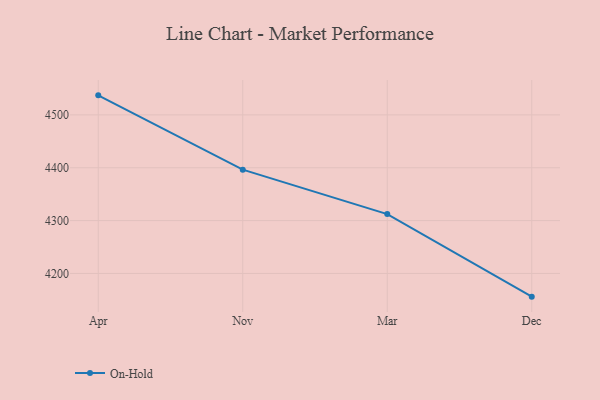
{"axis": {"x": "Month", "y": "Production Output"}, "legend": ["On-Hold"], "data": [{"x": "Apr", "y": 4537.0, "type": "On-Hold"}, {"x": "Nov", "y": 4396.4, "type": "On-Hold"}, {"x": "Mar", "y": 4312.4, "type": "On-Hold"}, {"x": "Dec", "y": 4156.1, "type": "On-Hold"}]}